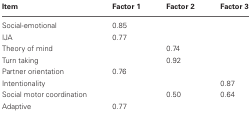
<table><thead><tr><td><b>Item</b></td><td><b>Factor 1</b></td><td><b>Factor 2</b></td><td><b>Factor 3</b></td></tr></thead><tbody><tr><td>Social-emotional</td><td>0.85</td><td></td><td></td></tr><tr><td>IJA</td><td>0.77</td><td></td><td></td></tr><tr><td>Theory of mind</td><td></td><td>0.74</td><td></td></tr><tr><td>Turn taking</td><td></td><td>0.92</td><td></td></tr><tr><td>Partner orientation</td><td>0.76</td><td></td><td></td></tr><tr><td>Intentionality</td><td></td><td></td><td>0.87</td></tr><tr><td>Social motor coordination</td><td></td><td>0.50</td><td>0.64</td></tr><tr><td>Adaptive</td><td>0.77</td><td></td><td></td></tr></tbody></table>